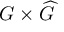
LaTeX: G \times { \widehat { G } }